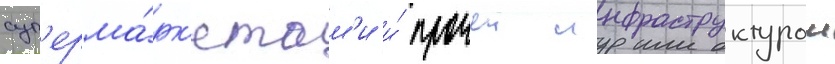
суп'ерма́рк'етам'и и́ прочеи инфраструктурои